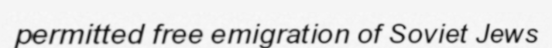
permitted free emigration of Soviet Jews